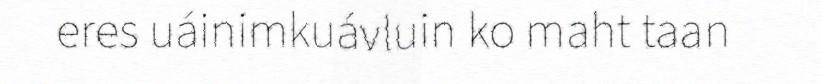
eres uáinimkuávluin ko maht taan